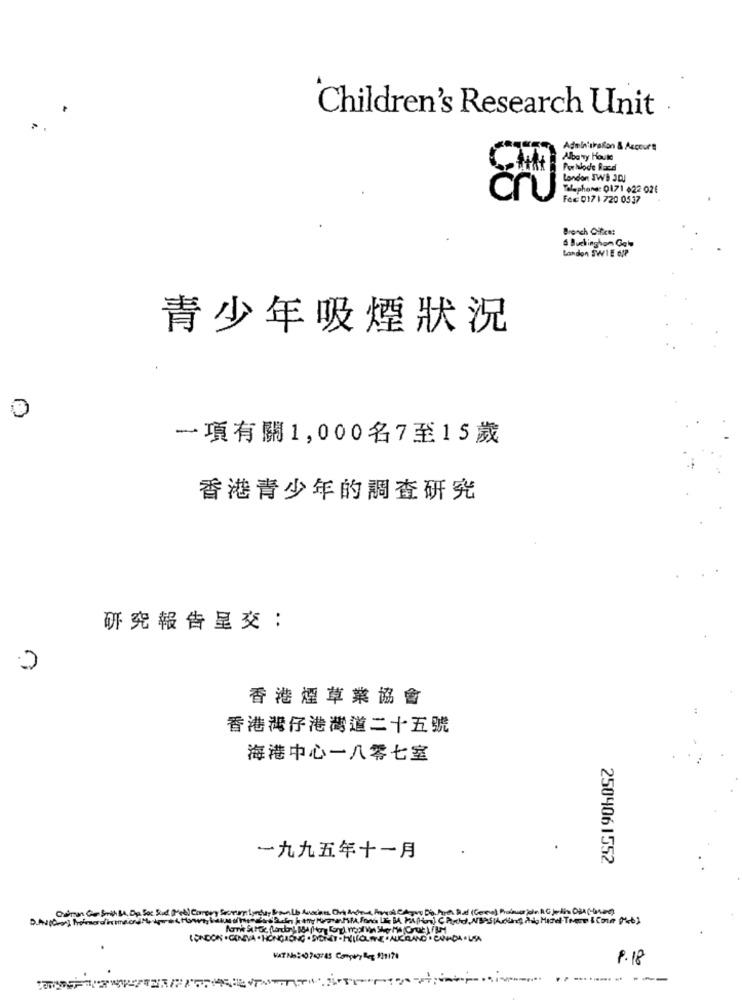
Children's Research Unit
Adeln'skalon & Accours
Albany Houte
Por hlode Race
London JWS JDJ
Telephone: 0171 +22 021
cru
Fec 017 | 720 0537
Branch Office:
a Buckinghon Gel
London SWIE 63P
青少年吸煙狀況
0
一項有關1,000名7至15歲
香港青少年的調查研究
研究報告呈交:
香港煙草業協會
香港灣仔港灣道二十五號
海港中心一八零七室
一九九五年十一月
2504061552
WASA
LONDONTGOSA.HONGNOTGOSIGHT.PINGLINEIALCHANG.CNICA .LEA
1.18